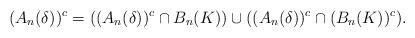
LaTeX: \begin{align*}(A_n(\delta))^c=((A_n(\delta))^c\cap B_n(K))\cup((A_n(\delta))^c\cap (B_n(K))^c).\end{align*}